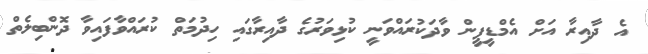
އެ ދާއިރާ އަށް އެމްޑީޕީން ވާދަކުރައްވަނީ ކުޅިވަރުގެ ދާއިރާގައި ހިދުމަތް ކުރައްވާފައިވާ ދޮންބިލެތް